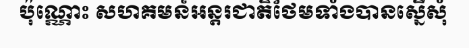
ប៉ុណ្ណោះ សហគមន៍អន្តរជាតិថែមទាំងបានស្នើសុំ